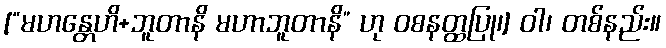
[“မဟန္တေဟိ+ဘူတာနိ မဟာဘူတာနိ” ဟု ဝစနတ္ထပြု၊] ဝါ၊ တစ်နည်း။